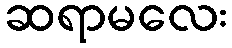
ဆရာမလေး